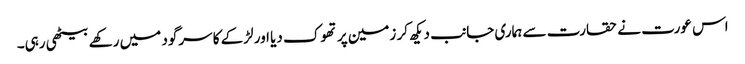
اس عورت نے حقارت سے ہماری جانب دیکھ کر زمین پر تھوک دیا اور لڑکے کا سرگود میں رکھے بیٹھی رہی۔